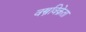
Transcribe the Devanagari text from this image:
वस्त्रविक्रेता